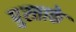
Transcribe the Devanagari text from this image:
पुस्ताके